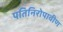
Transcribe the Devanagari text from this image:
पतिनिरोपावीण